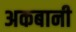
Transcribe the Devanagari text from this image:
अकबानी